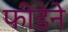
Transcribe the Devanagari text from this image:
फीडेने